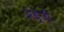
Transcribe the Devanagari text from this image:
अंग्र्रेजी